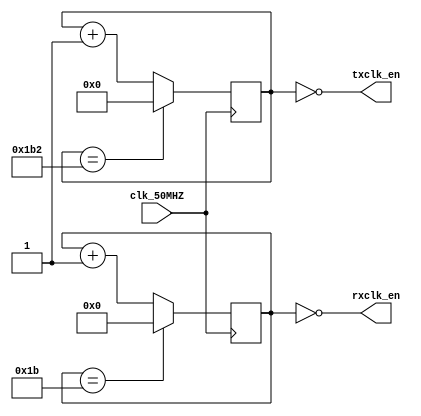
module Baud_Rate_Generator(input wire clk_50MHZ,
		                       output wire rxclk_en,
		                       output wire txclk_en);
/*
  this module takes a 50MHZ clock as input and generates two outputs:
  txclk_en & rxclk_en which are connected to clken ports in both of them in the top module
  txclk_en is our baud rate which in this case is 115200
  rxclk_en is the oversampled baud rate = 16*115200
*/
parameter RX_ACC_MAX = 50000000 / (115200 * 16);
parameter TX_ACC_MAX = 50000000 / 115200;
parameter RX_ACC_WIDTH = $clog2(RX_ACC_MAX);
parameter TX_ACC_WIDTH = $clog2(TX_ACC_MAX);
reg [RX_ACC_WIDTH - 1:0] rx_acc = 0;
reg [TX_ACC_WIDTH - 1:0] tx_acc = 0;

assign rxclk_en = (rx_acc == 5'd0); //clock enable signal for receiver module, rate = 16*baud rate
assign txclk_en = (tx_acc == 9'd0); //clock enable signal for transmitter module, rate = baud rate


always @(posedge clk_50MHZ) 
begin
    //increment tx_acc at TX_ACC_MAX
	if (tx_acc == TX_ACC_MAX[TX_ACC_WIDTH - 1:0])
		tx_acc <= 0;
	else
		tx_acc <= tx_acc + 9'b1;
end

always @(posedge clk_50MHZ) 
begin
    //increment rx_acc at RX_ACC_MAX
	if (rx_acc == RX_ACC_MAX[RX_ACC_WIDTH - 1:0])
		rx_acc <= 0;
	else
		rx_acc <= rx_acc + 5'b1;
end

endmodule



//-----------------------------------------------------------------------------------------------


module UART_Receiver(input wire rx,
		                 output reg rdy,
		                 input wire rdy_clr,
		                 input wire clk_50MHZ,
		                 input wire clken,
		                 output reg [7:0] data);

initial begin
	rdy = 0; //data not ready
	data = 8'b0; //data  = 00000000
end

parameter STATE_START_BIT	= 2'b00;
parameter STATE_DATA		= 2'b01;
parameter STATE_STOP_BIT	= 2'b10;

reg [1:0] state = STATE_START_BIT;
reg [3:0] counter = 0;
reg [3:0] bitpos = 0;
reg [7:0] draft_reg = 8'b0;

always @(posedge clk_50MHZ) 
begin
	if (rdy_clr)    //if ready flag is cleared
		  rdy <= 0;   //not ready

	if (clken) begin //clock enabled
		case (state)
		  STATE_START_BIT: 
        begin
			     /*
            we will start the counter from the first time we sample a low(0),
            once we have sampled a full bit, we will start collecting data bits 
            (we will go to STATE_DATA )
            */
			    if (!rx || counter != 0) //if sampled rx = low
				  counter <= counter + 4'b1; //add 1 to the counter

			     if (counter == 15)
             begin
				      state <= STATE_DATA;
				      bitpos <= 0;
				      counter <= 0;
				      draft_reg <= 0;
			       end
		    end
		  
		  STATE_DATA: 
        begin
			   counter <= counter + 4'b1; //increment the counter
			   if (counter == 4'h8) //start collecting data if counter = 8 which means we will sample in the middle of the bit
            begin
				      draft_reg[bitpos[2:0]] <= rx; //collect bits in draft_reg register
				      bitpos <= bitpos + 4'b1; // next bit in next position
			       end
			   if (bitpos == 8 && counter == 15) //successfully sampled 8 bits
				      state <= STATE_STOP_BIT;  
		    end
		  STATE_STOP_BIT: 
        begin
              /*if the counter is complete
              or if we are least half way into the stop bit
              & we receive a start bit, we will handle the next start bit
              this inaccuracy may happen because the clk rates may be different
              between sender & receiver.
              */
			     if (counter == 15 || (counter >= 8 && !rx))  
              begin
				        state <= STATE_START_BIT; //next state
				        data <= draft_reg; //move date from draft to parallel data lines
				        rdy <= 1'b1; //flag data as ready
				        counter <= 0; //reset the counter
			        end 
           else
              begin
				        counter <= counter + 4'b1;
			        end
		     end
		     
		  default: 
        begin
			     state <= STATE_START_BIT; //default case is STATE_START_BIT
		    end
		endcase
	end
end

endmodule

//-----------------------------------------------------------------------------------------------

module UART_Transmitter(input wire [7:0] data_in,
		                    input wire tx_start,
		                    input wire clk_50MHZ,
		                    input wire clken,
		                    output reg tx,
		                    output wire tx_busy);

initial begin
	   tx = 1'b1; //for idle state
end

parameter STATE_IDLE	     = 2'b00;
parameter STATE_START_BIT	= 2'b01;
parameter STATE_DATA	     = 2'b10;
parameter STATE_STOP_BIT	 = 2'b11;

reg [7:0] data = 8'h00; //used as a shift register to send parallel received data as serial
reg [2:0] bitpos = 3'h0;
reg [1:0] state = STATE_IDLE; //initial state

always @(posedge clk_50MHZ) begin
	case (state)
	STATE_IDLE: 
  begin
		if (tx_start) //if system raises tx_start flag
      begin 
			 state <= STATE_START_BIT;
			 data <= data_in; //put the parallel data in the shift register
			 bitpos <= 3'h0; 
		  end
	end
	STATE_START_BIT: 
  begin
		if (clken) 
      begin
			 tx <= 1'b0; //tx line set to 0 (start bit)
			 state <= STATE_DATA; //start transmitting data
		  end
	end
	STATE_DATA: 
    begin
		if (clken) begin
			if (bitpos == 3'h7) //if data register is full 
				  state <= STATE_STOP_BIT;
			else
				bitpos <= bitpos + 3'h1; //increment bit position
			tx <= data[bitpos]; //transmit data serially on the line
		  end
	end
	STATE_STOP_BIT: 
  begin
		if (clken) 
      begin
			 tx <= 1'b1; //put stop bit on tx line
			 state <= STATE_IDLE; //return to idle state
		  end
	end
	default: 
    begin
		tx <= 1'b1;
		state <= STATE_IDLE;
	 end
	endcase
end

assign tx_busy = (state != STATE_IDLE); //raise busy flag if not in idle state

endmodule

//----------------------------------------------------------------------------------------------
// UART TOP MODULE
module UART(input wire [7:0] data_in,
	          input wire tx_start,
	          input wire clk_50MHZ,
	          output wire tx,
	          output wire tx_busy,
	          input wire rx,
	          output wire rdy,
	          input wire rdy_clr,
	          output wire [7:0] data_out);

wire rxclk_en, txclk_en;

Baud_Rate_Generator uart_baud(.clk_50MHZ(clk_50MHZ),
			                        .rxclk_en(rxclk_en),
			                        .txclk_en(txclk_en));

UART_Transmitter uart_tx(.data_in(data_in),
		                     .tx_start(tx_start),
		                     .clk_50MHZ(clk_50MHZ),
		                     .clken(txclk_en),
		                     .tx(tx),
		                     .tx_busy(tx_busy));
                         
UART_Receiver uart_rx(.rx(rx),
		                  .rdy(rdy),
		                  .rdy_clr(rdy_clr),
		                  .clk_50MHZ(clk_50MHZ),
		                  .clken(rxclk_en),
		                  .data(data_out));

endmodule